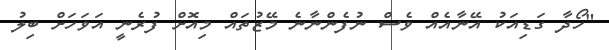
"ހޯދާ ގަޑިއަކު އޭނާއެއް ވެސް ނުފެންނާނެ މޭޒުތައް މިއޮށް ފުރެނީ އަވަހަށް ބިލު